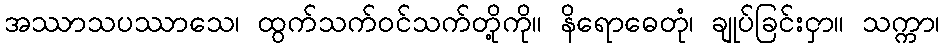
အဿာသပဿာသေ၊ ထွက်သက်ဝင်သက်တို့ကို။ နိရောဓေတုံ၊ ချုပ်ခြင်းငှာ။ သက္ကာ၊